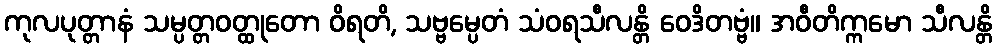
ကုလပုတ္တာနံ သမ္ပတ္တဝတ္ထုတော ဝိရတိ, သဗ္ဗမ္ပေတံ သံဝရသီလန္တိ ဝေဒိတဗ္ဗံ။ အဝီတိက္ကမော သီလန္တိ